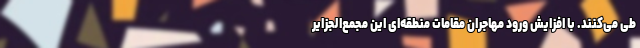
طی می‌کنند. با افزایش ورود مهاجران مقامات منطقه‌ای این مجمع‌الجزایر